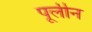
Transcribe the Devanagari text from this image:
पूलीन